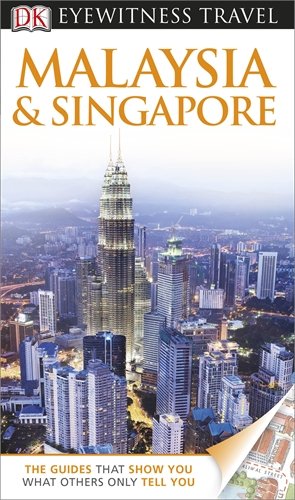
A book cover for DK Eyewitness Travel Guide: Malaysia & Singapore; Ron Emmons; Travel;